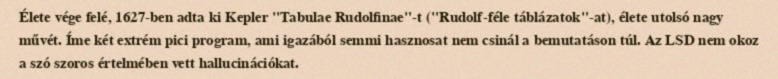
Élete vége felé, 1627-ben adta ki Kepler "Tabulae Rudolfinae"-t ("Rudolf-féle táblázatok"-at), élete utolsó nagy művét. Íme két extrém pici program, ami igazából semmi hasznosat nem csinál a bemutatáson túl. Az LSD nem okoz a szó szoros értelmében vett hallucinációkat.